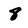
Character: 8